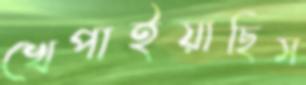
খেপাইয়াছিস